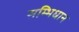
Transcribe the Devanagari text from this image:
सम्भिधान